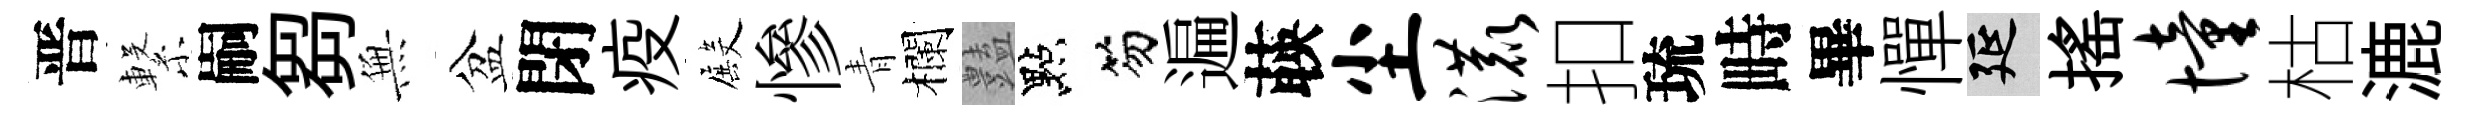
晋繋嗣芻𭴾盆閉疫殿慘青欄𧰟點笏遍𦴤尘漉扣琉畤畢憚延揺憧枯漉